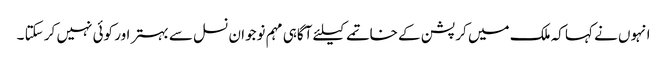
انہوں نے کہا کہ ملک میں کرپشن کے خاتمے کیلئے آگاہی مہم نوجوان نسل سے بہتر اور کوئی نہیں کر سکتا ۔